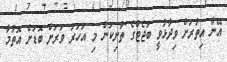
އޭނާ އިތުރަށް ވިދާޅުވީ ބަޖެޓްގެ ތާށިކަން މި އަހަރު ވަރަށް ބޮޑަށް އޮތުމާ